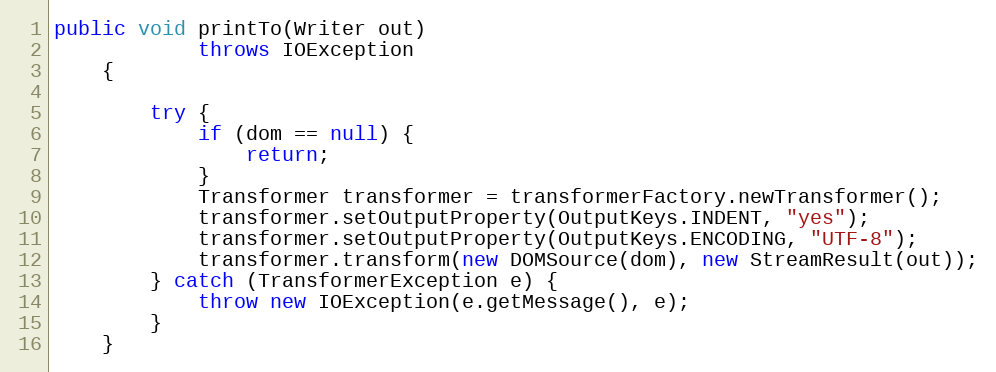
Language: Java
public void printTo(Writer out)
			throws IOException
	{

		try {
			if (dom == null) {
				return;
			}
			Transformer transformer = transformerFactory.newTransformer();
			transformer.setOutputProperty(OutputKeys.INDENT, "yes");
			transformer.setOutputProperty(OutputKeys.ENCODING, "UTF-8");
			transformer.transform(new DOMSource(dom), new StreamResult(out));
		} catch (TransformerException e) {
			throw new IOException(e.getMessage(), e);
		}
	}